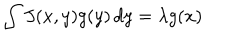
LaTeX: \int J ( x , y ) g ( y ) \, d y = \lambda g ( x )